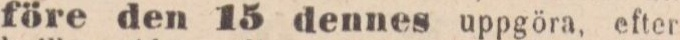
före den 15 dennes uppgöra, efter